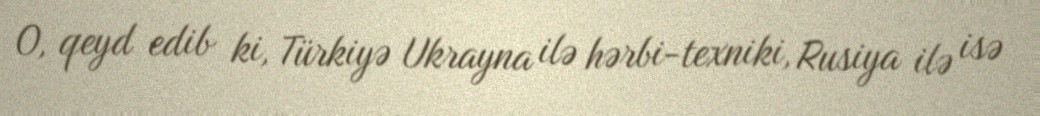
O, qeyd edib ki, Türkiyə Ukrayna ilə hərbi-texniki, Rusiya ilə isə